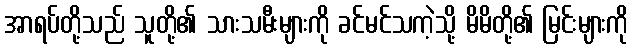
အာရပ်တို့သည် သူတို့၏ သားသမီးများကို ခင်မင်သကဲ့သို့ မိမိတို့၏ မြင်းများကို